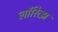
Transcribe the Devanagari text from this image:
लॉरित्झ